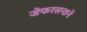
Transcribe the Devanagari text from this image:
जेफरसनाने